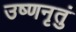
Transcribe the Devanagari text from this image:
उष्णनृतुं